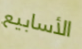
الأسابيع